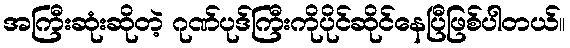
အကြီးဆုံးဆိုတဲ့ ဂုဏ်ပုဒ်ကြီးကိုပိုင်ဆိုင်နေပြီဖြစ်ပါတယ်။